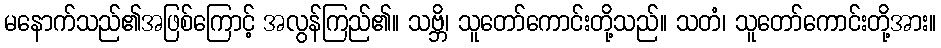
မနောက်သည်၏အဖြစ်ကြောင့် အလွန်ကြည်၏။ သဗ္ဘိ၊ သူတော်ကောင်းတို့သည်။ သတံ၊ သူတော်ကောင်းတို့အား။